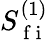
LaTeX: S_{\mathrm{~f~i~}}^{(1)}